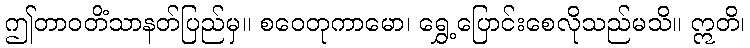
ဤတာဝတိံသာနတ်ပြည်မှ။ စဝေတုကာမော၊ ရွှေ့ပြောင်းစေလိုသည်မသိ။ ဣတိ၊